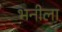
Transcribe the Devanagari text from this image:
भनीला